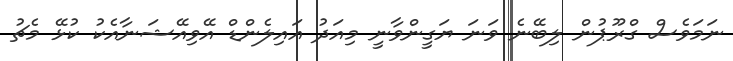
ނަމަވެސް ގްރޫޕުން ލިބޭނެ ވަނަ ޔަގީންވާނީ މިއަދު އައިލެންޑް އޭވިއޭޝަނާއެކު ކުޅޭ މެޗު